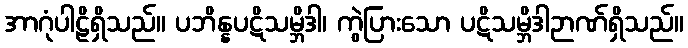
အာဂုံပါဠိရှိသည်။ ပဘိန္နပဋိသမ္ဘိဒါ၊ ကွဲပြားသော ပဋိသမ္ဘိဒါဉာဏ်ရှိသည်။